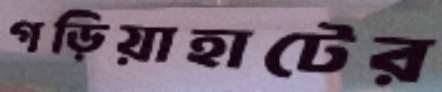
গড়িয়াহাটের